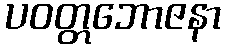
ပဝတ္တဘောဇနာ